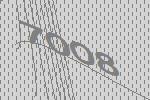
7008